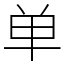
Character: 单